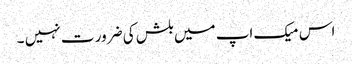
اس میک اپ میں بلش کی ضرور ت نہیں ۔